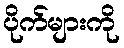
ပိုက်များကို